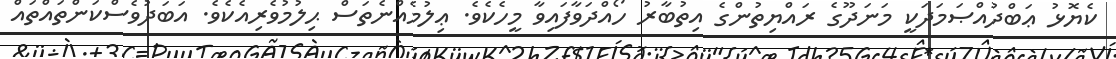
ކެޔޮޅު ޢަބްދުއްޞަމަދަކީ މަނަދޫގެ ރައްޔިތުންގެ އިތުބާރު ހޯއްދަވާފައިވާ މީހެކެވެ. ޢިލުމެއްނެތަސް ޙިލުމުވެރިއެކެވެ. އަބަދުވެސްކަންތައްތައް